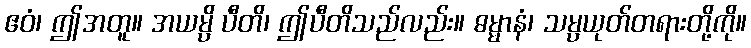
ဧဝံ၊ ဤအတူ။ အယမ္ပိ ပီတိ၊ ဤပီတိသည်လည်း။ ဓမ္မာနံ၊ သမ္ပယုတ်တရားတို့ကို။